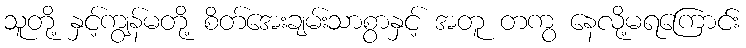
သူတို့ နှင့်ကျွန်မတို့ စိတ်အေးချမ်းသာစွာနှင့် အတူ တကွ နေလို့မရကြောင်း